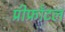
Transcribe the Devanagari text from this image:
प्रीफ्राँटल